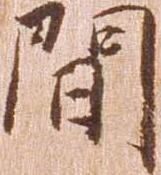
間